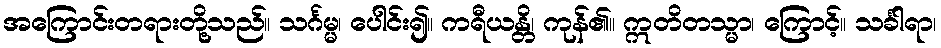
အကြောင်းတရားတို့သည်။ သင်္ဂမ္မ၊ ပေါင်း၍။ ကရီယန္တိ၊ ကုန်၏။ ဣတိတသ္မာ၊ ကြောင့်။ သင်္ခါရာ၊